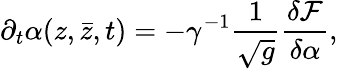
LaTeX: \partial_{t}\alpha(z,{\bar{z}},t)=-\gamma^{-1}\frac{1}{\sqrt{g}}\frac{\delta\mathcal F}{\delta\alpha},